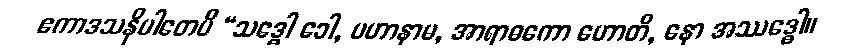
ဧကာဒသနိပါတေပိ “သဒ္ဓေါ ခေါ, မဟာနာမ, အာရာဓကော ဟောတိ, နော အဿဒ္ဓေါ။